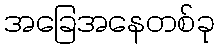
အခြေအနေတစ်ခု